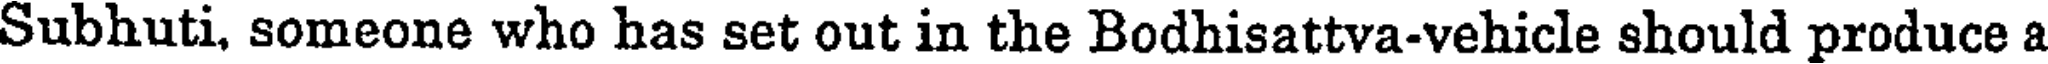
Subhuti, someone who has set out in the Bodhisattva-vehicle should produce a